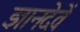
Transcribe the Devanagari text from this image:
ज्ञानदेवें